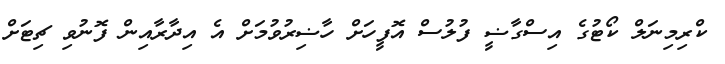
ކްރިމިނަލް ކޯޓުގެ އިސްގާޟީ ފުލުސް އޮފީހަށް ހާޟިރުވުމަށް އެ އިދާރާއިން ފޮނުވި ޗިޓަށް